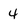
Character: 4